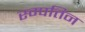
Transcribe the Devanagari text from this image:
स्म्पत्तिन